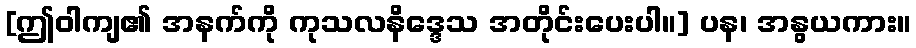
[ဤဝါကျ၏ အနက်ကို ကုသလနိဒ္ဒေသ အတိုင်းပေးပါ။] ပန၊ အနွယကား။